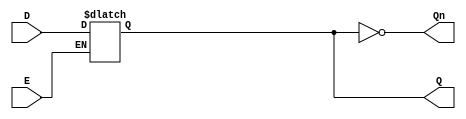
module latch_register (
    input wire D,      // Data input
    input wire E,      // Enable signal
    output reg Q,      // Output (stored value)
    output wire Qn     // Complementary output (not Q)
);
    
    assign Qn = ~Q;   // Complementary output

    // Always block to handle the latch functionality
    always @(*) begin
        if (E) begin
            Q = D;   // Capture the input when E is high
        end
        // If E is low, Q retains its previous value
    end
    
endmodule